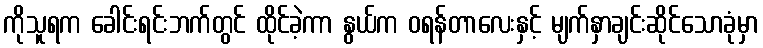
ကိုသူရက ခေါင်းရင်းဘက်တွင် ထိုင်ခဲ့ကာ နွယ်က ဝရန်တာလေးနှင့် မျက်နှာချင်းဆိုင်သောခုံမှာ